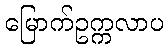
မြောက်ဥက္ကလာပ